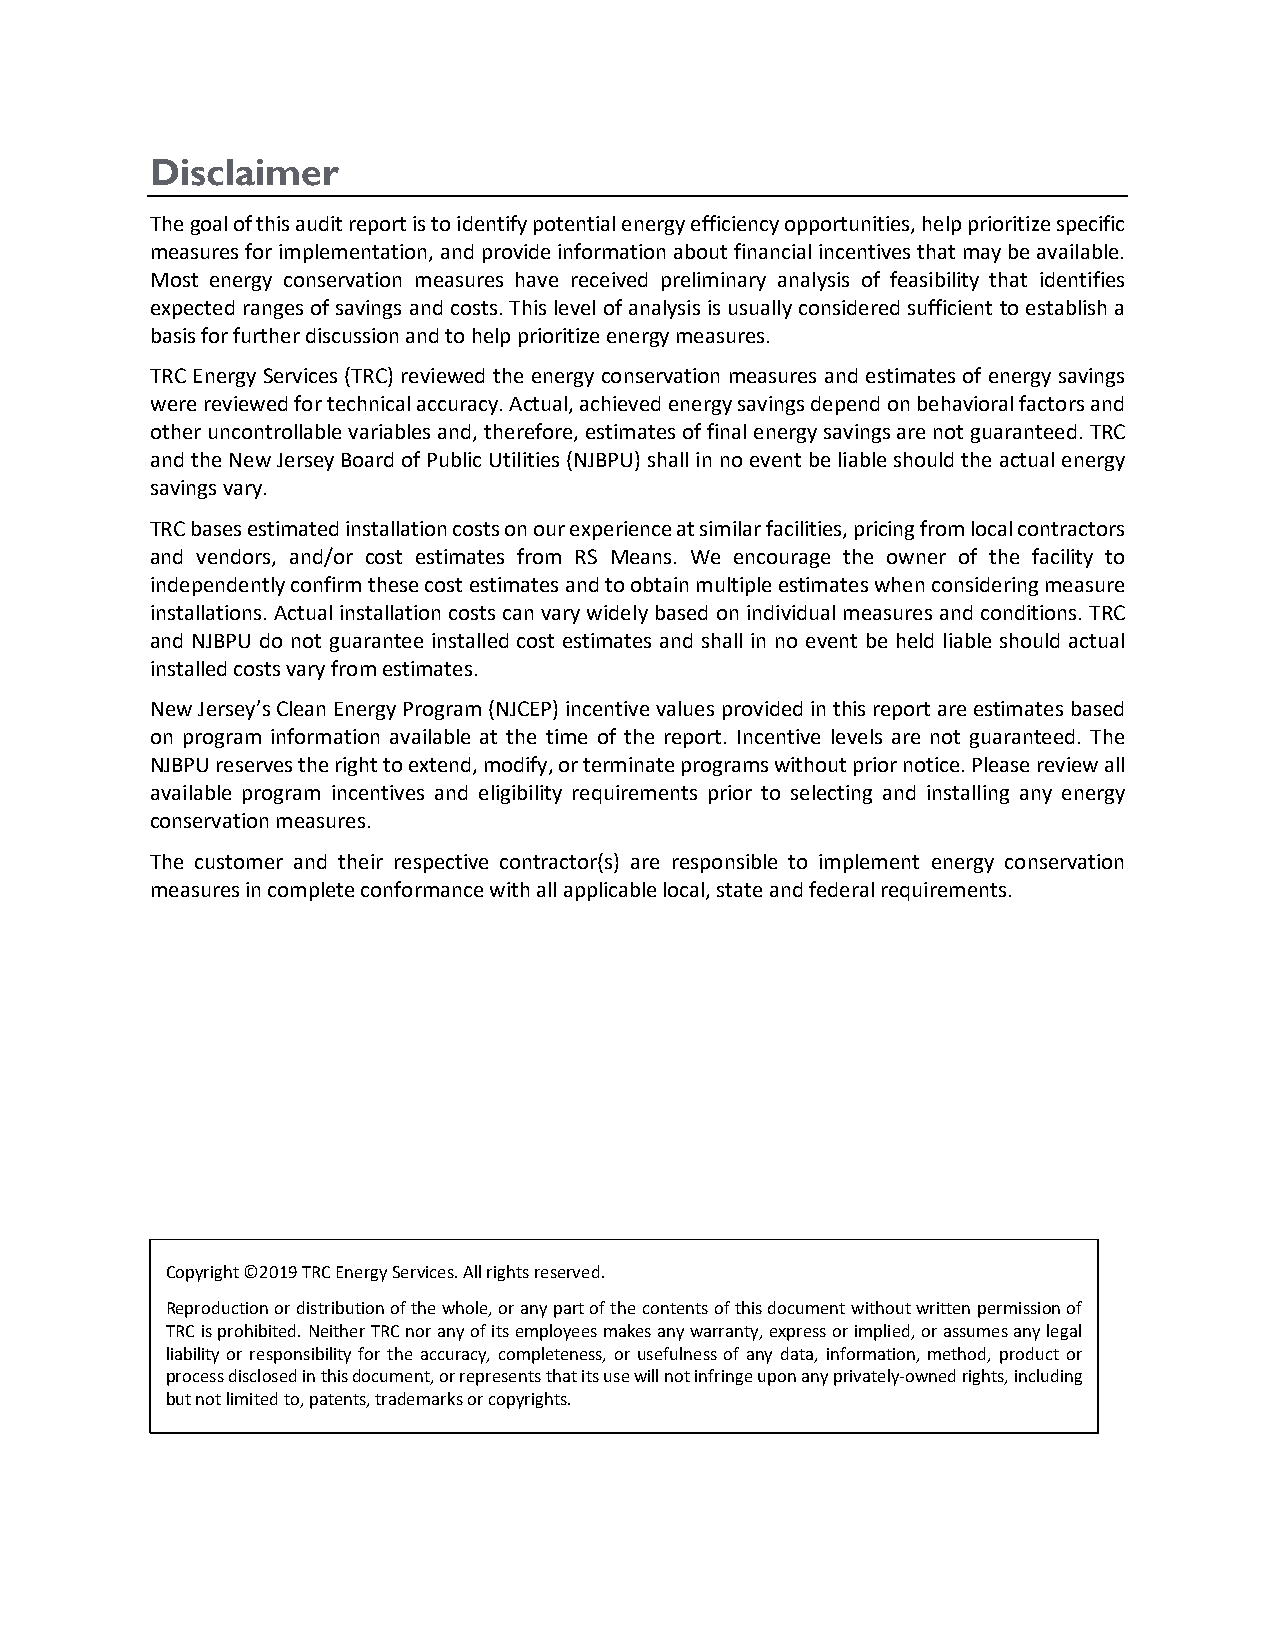
Disclaimer
 The goal of this audit report is to identify potential energy efficiency opportunities, help prioritize specific
 measures for implementation, and provide information about financial incentives that may be available.
 Most energy conservation measures have received preliminary analysis of feasibility that identifies
 expected ranges of savings and costs. This level of analysis is usually considered sufficient to establish a
 basis for further discussion and to help prioritize energy measures.
 TRC Energy Services (TRC) reviewed the energy conservation measures and estimates of energy savings
 were reviewed for technical accuracy. Actual, achieved energy savings depend on behavioral factors and
 other uncontrollable variables and, therefore, estimates of final energy savings are not guaranteed. TRC
 and the New Jersey Board of Public Utilities (NJBPU) shall in no event be liable should the actual energy
 savings vary.
 TRC bases estimated installation costs on our experience at similar facilities, pricing from local contractors
 and vendors, and/or cost estimates from RS Means. We encourage the owner of the facility to
 independently confirm these cost estimates and to obtain multiple estimates when considering measure
 installations. Actual installation costs can vary widely based on individual measures and conditions. TRC
 and NJBPU do not guarantee installed cost estimates and shall in no event be held liable should actual
 installed costs vary from estimates.
 New Jersey’s Clean Energy Program (NJCEP) incentive values provided in this report are estimates based
 on program information available at the time of the report. Incentive levels are not guaranteed. The
 NJBPU reserves the right to extend, modify, or terminate programs without prior notice. Please review all
 available program incentives and eligibility requirements prior to selecting and installing any energy
 conservation measures.
 The customer and their respective contractor(s) are responsible to implement energy conservation
 measures in complete conformance with all applicable local, state and federal requirements.
 Copyright ©2019 TRC Energy Services. All rights reserved.
 Reproduction or distribution of the whole, or any part of the contents of this document without written permission of
 TRC is prohibited. Neither TRC nor any of its employees makes any warranty, express or implied, or assumes any legal
 liability or responsibility for the accuracy, completeness, or usefulness of any data, information, method, product or
 process disclosed in this document, or represents that its use will not infringe upon any privately-owned rights, including
 but not limited to, patents, trademarks or copyrights.